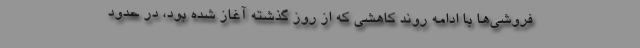
فروشی‌ها با ادامه روند کاهشی که از روز گذشته آغاز شده بود، در حدود